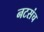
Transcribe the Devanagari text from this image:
नटसंच